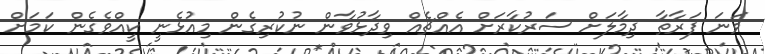
ވަނަ ފަރާތާ ދިމާލަށް ސަރުކާރަށް އެއްޗެއް ވިދާޅުވާން ނުކުރިގެން މިއުޅެނީ ކީއްވެގެން ކަމަށް